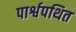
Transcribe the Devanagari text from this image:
पार्श्वपथित